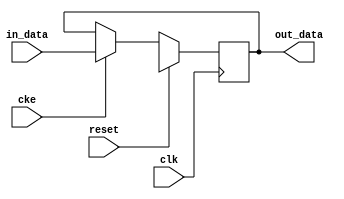
// ---------------------------------------------------------------------------
//  Jelly  -- The platform for real-time computing
//
//                                 Copyright (C) 2008-2020 by Ryuji Fuchikami
//                                 https://github.com/ryuz/jelly.git
// ---------------------------------------------------------------------------



`timescale 1ns / 1ps
`default_nettype none



// Delay
module jelly_data_delay
        #(
            parameter                               LATENCY    = 1,
            parameter                               DATA_WIDTH = 8,
            parameter           [DATA_WIDTH-1:0]    DATA_INIT  = {DATA_WIDTH{1'bx}}
        )
        (
            input   wire                        reset,
            input   wire                        clk,
            input   wire                        cke,
            
            input   wire    [DATA_WIDTH-1:0]    in_data,
            
            output  wire    [DATA_WIDTH-1:0]    out_data
        );
    
    integer     i;
    
    generate
    if ( LATENCY == 0 ) begin
        assign out_data = in_data;
    end
    else begin
        reg     [LATENCY*DATA_WIDTH-1:0]    reg_data;
        always @(posedge clk) begin
            if ( reset ) begin
                for ( i = 0; i < LATENCY; i = i+1 ) begin
                    reg_data[i*DATA_WIDTH +: DATA_WIDTH] <= DATA_INIT;
                end
            end
            else if ( cke ) begin
                reg_data[0 +: DATA_WIDTH] <= in_data;
                for ( i = 0; i < LATENCY-1; i = i+1 ) begin
                    reg_data[(i+1)*DATA_WIDTH +: DATA_WIDTH] <= reg_data[i*DATA_WIDTH +: DATA_WIDTH];
                end
            end
        end
        assign out_data = reg_data[(LATENCY-1)*DATA_WIDTH +: DATA_WIDTH];
    end
    endgenerate
    
endmodule


`default_nettype wire


// end of file